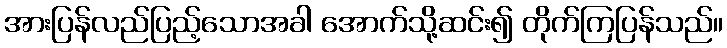
အားပြန်လည်ပြည့်သောအခါ အောက်သို့ဆင်း၍ တိုက်ကြပြန်သည်။